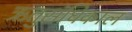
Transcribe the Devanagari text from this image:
ऋतुसंधिकाल